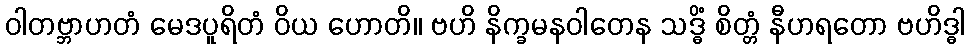
ဝါတဗ္ဘာဟတံ မေဒပူရိတံ ဝိယ ဟောတိ။ ဗဟိ နိက္ခမနဝါတေန သဒ္ဓိံ စိတ္တံ နီဟရတော ဗဟိဒ္ဓါ